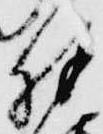
殊